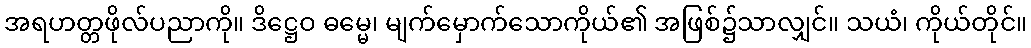
အရဟတ္တဖိုလ်ပညာကို။ ဒိဋ္ဌေဝ ဓမ္မေ၊ မျက်မှောက်သောကိုယ်၏ အဖြစ်၌သာလျှင်။ သယံ၊ ကိုယ်တိုင်။